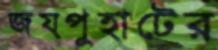
জয়পুহাটের